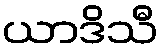
ယာဒိသီ